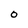
Character: O